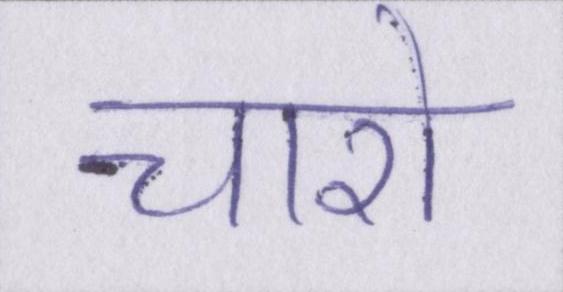
चारो